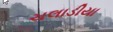
ચલાડીયા